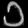
Digit: ၁